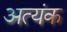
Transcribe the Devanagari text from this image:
अत्यंक